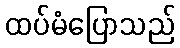
ထပ်မံပြောသည်